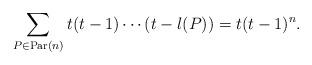
LaTeX: \begin{align*}\sum_{P\in {{\rm Par}(n)}}t(t-1)\cdots (t-l(P))=t(t-1)^n.\end{align*}